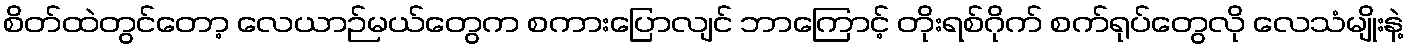
စိတ်ထဲတွင်တော့ လေယာဉ်မယ်တွေက စကားပြောလျင် ဘာကြောင့် တိုးရစ်ဂိုက် စက်ရုပ်တွေလို လေသံမျိုးနဲ့